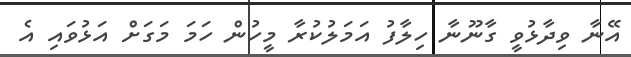
އޭނާ ވިދާޅުވީ ގާނޫނާ ހިލާފު އަމަލުކުރާ މީހުން ހަމަ މަގަށް އަޅުވައި އެ